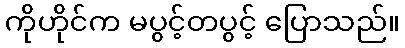
ကိုဟိုင်က မပွင့်တပွင့် ပြောသည်။